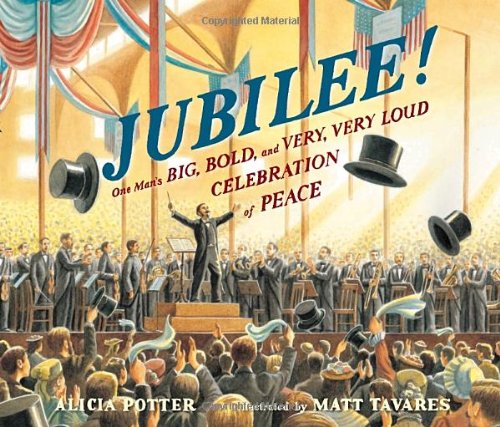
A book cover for Jubilee!: One Man's Big, Bold, and Very, Very Loud Celebration of Peace; Alicia Potter; Children's Books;